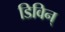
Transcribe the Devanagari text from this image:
डिविन्